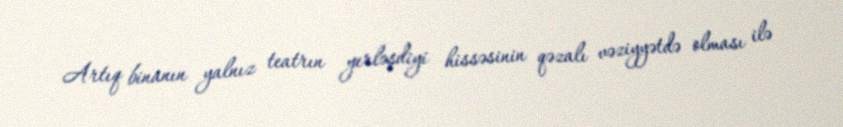
Artıq binanın yalnız teatrın yerləşdiyi hissəsinin qəzalı vəziyyətdə olması ilə